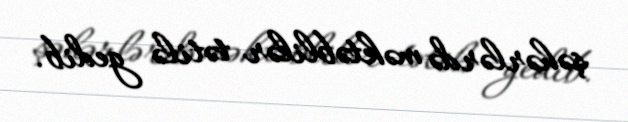
şəhərlərdə məktəblilər tətilə gedib.